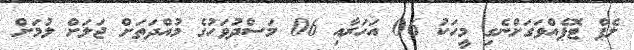
ލެޕް ޓޮޕެއްވަގަށްނެގި މީހަކު 06 އަހަރާއި 06 މަސްދުވަހުގެ މުއްދަތަށް ޖަލަށް ލުމަށް